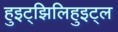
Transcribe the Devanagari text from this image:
हुइट्झिलिहुइट्ल